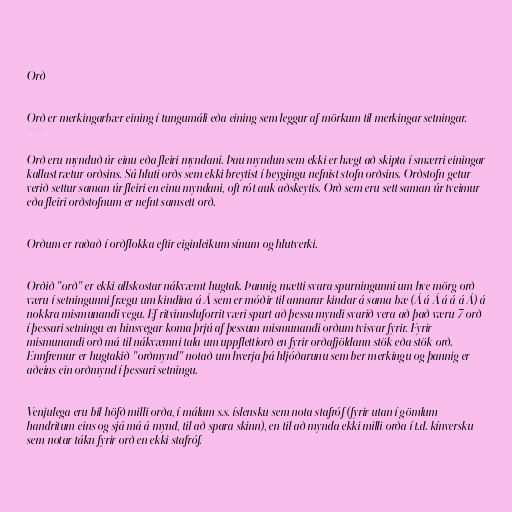
Orð

Orð er merkingarbær eining í tungumáli eða eining sem leggur af mörkum til merkingar setningar.
°°°°

Orð eru mynduð úr einu eða fleiri myndani. Þau myndun sem ekki er hægt að skipta í smærri einingar
kallast rætur orðsins. Sá hluti orðs sem ekki breytist í beygingu nefnist stofn orðsins. Orðstofn getur
verið settur saman úr fleiri en einu myndani, oft rót auk aðskeytis. Orð sem eru sett saman úr tveimur
eða fleiri orðstofnum er nefnt samsett orð.

Orðum er raðað í orðflokka eftir eiginleikum sínum og hlutverki.

Orðið "orð" er ekki allskostar nákvæmt hugtak. Þannig mætti svara spurningunni um hve mörg orð
væru í setningunni frægu um kindina á Á sem er móðir til annarar kindar á sama bæ (Á á Á á á á Á) á
nokkra mismunandi vegu. Ef ritvinnsluforrit væri spurt að þessu myndi svarið vera að það væru 7 orð
í þessari setningu en hinsvegar koma þrjú af þessum mismunandi orðum tvisvar fyrir. Fyrir
mismunandi orð má til nákvæmni tala um uppflettiorð en fyrir orðafjöldann stök eða stök orð.
Ennfremur er hugtakið "orðmynd" notað um hverja þá hljóðarunu sem ber merkingu og þannig er
aðeins ein orðmynd í þessari setningu.

Venjulega eru bil höfð milli orða, í málum s.s. íslensku sem nota stafróf (fyrir utan í gömlum
handritum eins og sjá má á mynd, til að spara skinn), en til að mynda ekki milli orða í t.d. kínversku
sem notar tákn fyrir orð en ekki stafróf.